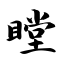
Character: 瞠